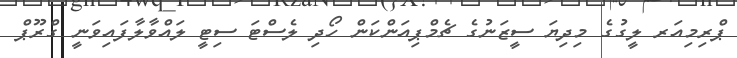
ޕްރިމިއަރ ލީގުގެ މިދިޔަ ސީޒަނުގެ ޗެމްޕިއަންކަން ހޯދި ލެސްޓަ ސިޓީ ލައްވާލާފައިވަނީ ގްރޫޕް